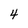
Character: 4